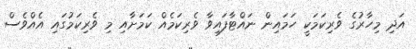
އަދި މިހާރުގެ ވެރިކަމަކީ ހަމައިން ނައްޓާފައިވާ ވެރިކަމެއް ކަމަށާއި މި ވެރިކަމުގައި އެއްވެސް